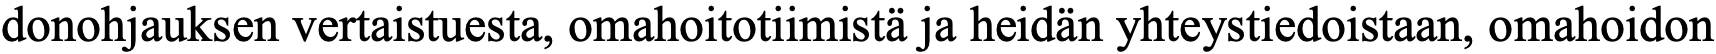
donohjauksen vertaistuesta, omahoitotiimistä ja heidän yhteystiedoistaan, omahoidon